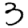
Digit: 3